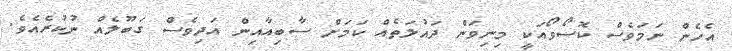
އެހެން ނަމަވެސް ކޮސޯވޯއަކީ މިނިވަން ދައުލަތެއް ކަމަށް ސާބިއާއިން އަދިވެސް ގަބޫލެއް ނުކުރެއެވެ.